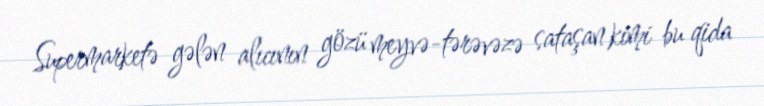
Supermarketə gələn alıcının gözü meyvə-tərəvəzə sataşan kimi bu qida